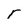
Character: r